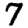
Digit: 7